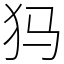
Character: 犸